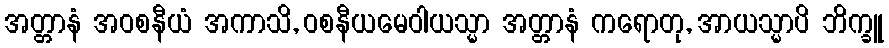
အတ္တာနံ အဝစနီယံ အကာသိ, ဝစနီယမေဝါယသ္မာ အတ္တာနံ ကရောတု, အာယသ္မာပိ ဘိက္ခူ